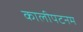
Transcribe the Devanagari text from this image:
कालीपटनम